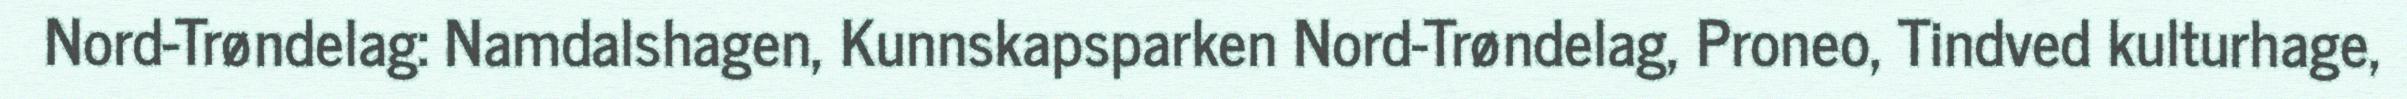
Nord-Trøndelag: Namdalshagen, Kunnskapsparken Nord-Trøndelag, Proneo, Tindved kulturhage,